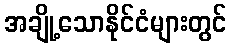
အချို့သောနိုင်ငံများတွင်